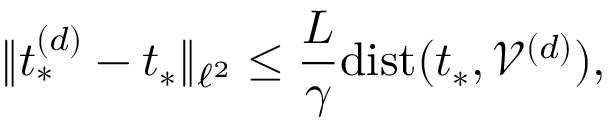
\| t _ { * } ^ { ( d ) } - t _ { * } \| _ { \ell ^ { 2 } } \leq \frac { L } { \gamma } \mathrm { d i s t } ( t _ { * } , \mathcal { V } ^ { ( d ) } ) ,